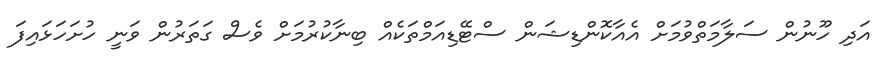
އަދި ހޫނުން ސަލާމަތްވުމަށް އެއާކޮންޑިޝަން ސްޓޭޑިއަމްތަކެއް ބިނާކުރުމަށް ވެސް ގަތަރުން ވަނީ ހުށަހަޅައިފަ